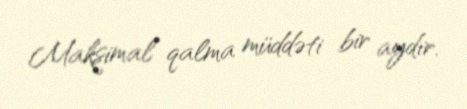
Maksimal qalma müddəti bir aydır.